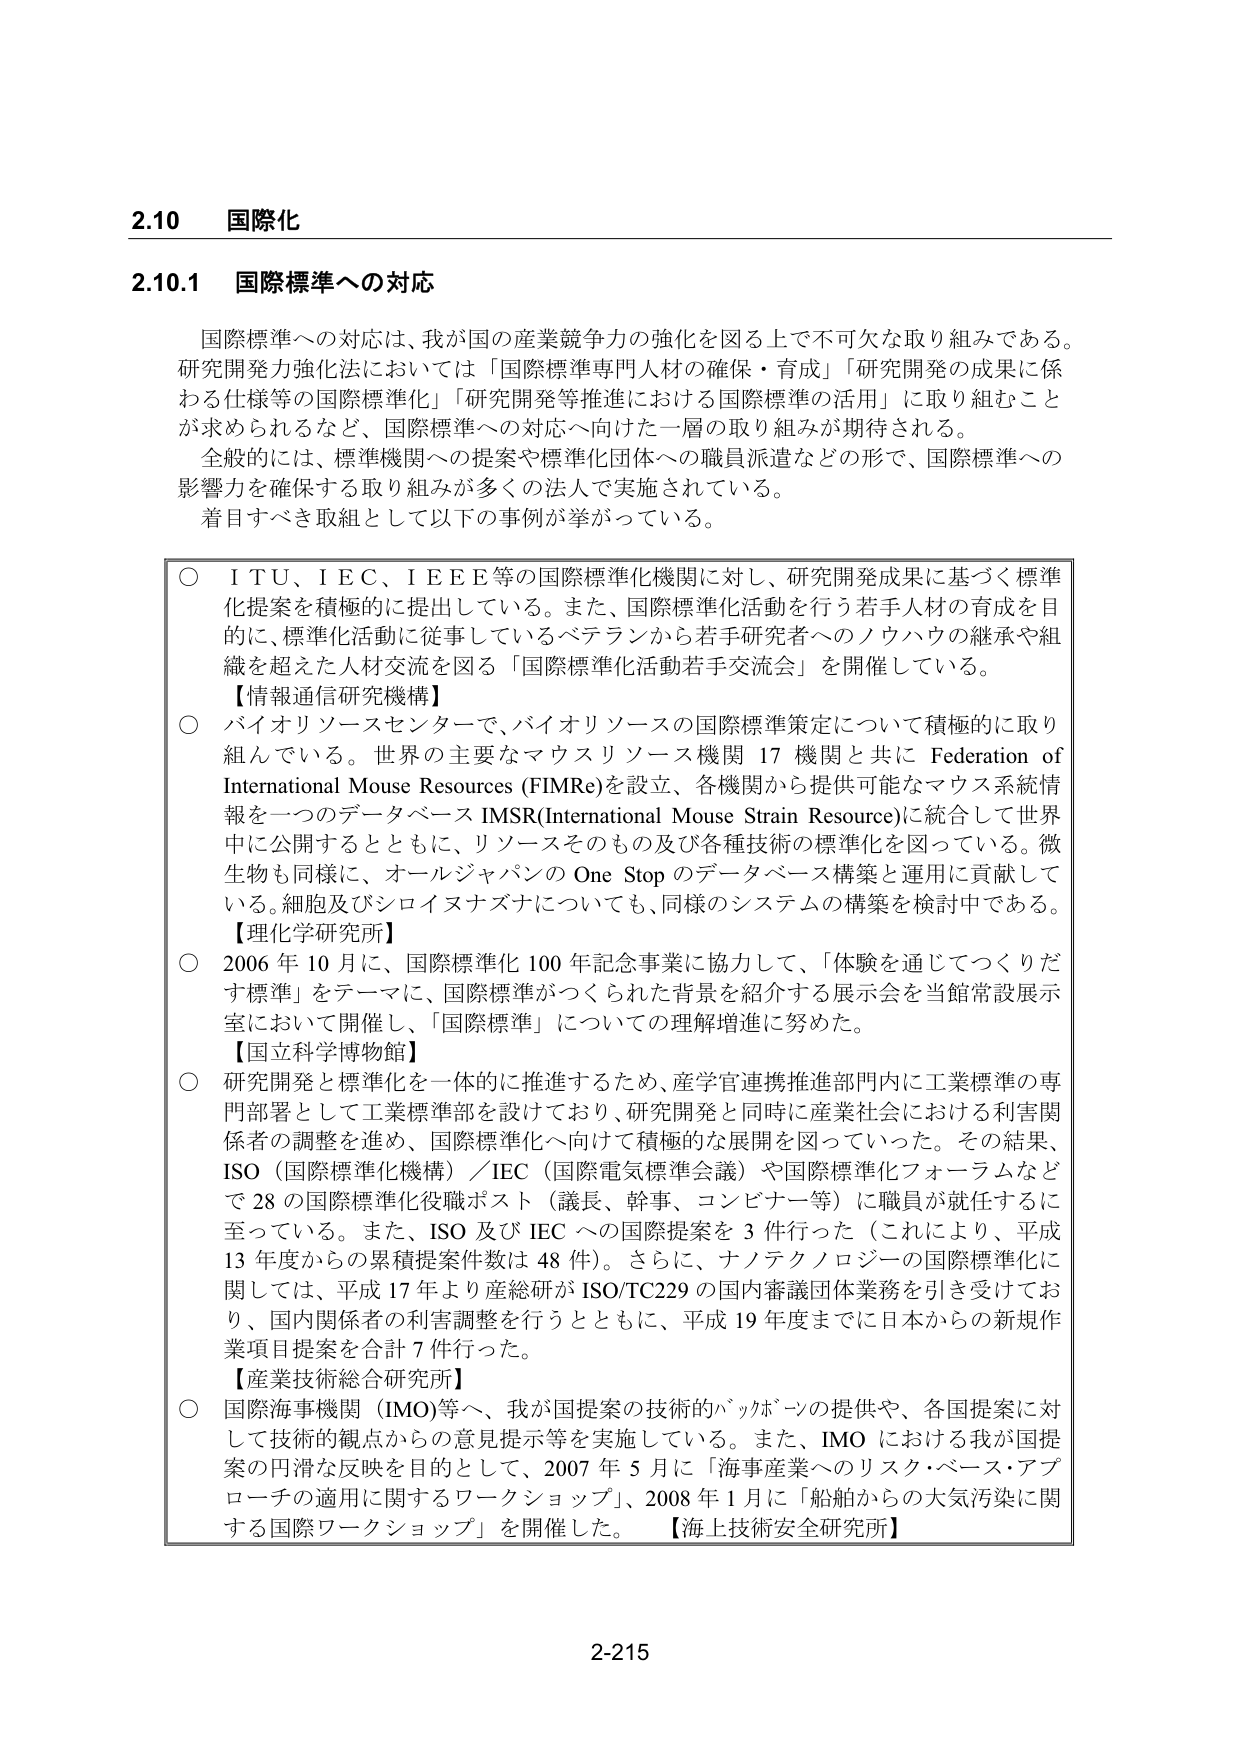
2.10 国際化

2.10.1 国際標準への対応

国際標準への対応は、我が国の産業競争力の強化を図る上で不可欠な取り組みである。研究開発力強化法においては「国際標準専門人材の確保・育成」「研究開発の成果に係わる仕様等の国際標準化」「研究開発等推進における国際標準の活用」に取り組むことが求められるなど、国際標準への対応へ向けた一層の取り組みが期待される。

全般的には、標準機関への提案や標準化団体への職員派遣などの形で、国際標準への影響力を確保する取り組みが多くの法人で実施されている。

着目すべき取組として以下の事例が挙がっている。

○ ITU、IEC、IEEE等の国際標準化機関に対し、研究開発成果に基づく標準化提案を積極的に提出している。また、国際標準化活動を行う若手人材の育成を目的に、標準化活動に従事しているベテランから若手研究者へのノウハウの継承や組織を超えた人材交流を図る「国際標準化活動若手交流会」を開催している。

【情報通信研究機構】

○ バイオリソースセンターで、バイオリソースの国際標準策定について積極的に取り組んでいる。世界の主要なマウスリソース機関 17 機関と共に Federation of International Mouse Resources (FIMRe)を設立、各機関から提供可能なマウス系統情報を一つのデータベース IMSR(International Mouse Strain Resource)に統合して世界中に公開するとともに、リソースそのもの及び各種技術の標準化を図っている。微生物も同様に、オールジャパンの One Stop のデータベース構築と運用に貢献している。細胞及びシロイヌナズナについても、同様のシステムの構築を検討中である。

【理化学研究所】

○ 2006 年 10 月に、国際標準化 100 年記念事業に協力して、「体験を通じてつくりだす標準」をテーマに、国際標準がつくられた背景を紹介する展示会を当館常設展示室において開催し、「国際標準」についての理解増進に努めた。

【国立科学博物館】

○ 研究開発と標準化を一体的に推進するため、産学官連携推進部門内に工業標準の専門部署として工業標準部を設けており、研究開発と同時に産業社会における利害関係者の調整を進め、国際標準化へ向けた積極的な展開を図っていった。その結果、ISO（国際標準化機構）／IEC（国際電気標準会議）や国際標準化フォーラムなどで 28 の国際標準化役職ポスト（議長、幹事、コンビナー等）に職員が就任するに至っている。また、ISO 及び IEC への国際提案を 3 件行った（これにより、平成 13 年度からの累積提案件数は 48 件）。さらに、ナノテクノロジーの国際標準化に関しては、平成 17 年より産総研が ISO/TC229 の国内審議団体業務を引き受けており、国内関係者の利害調整を行うとともに、平成 19 年度までに日本からの新規作業項目提案を合計 7 件行った。

【産業技術総合研究所】

○ 国際海事機関（IMO）等へ、我が国提案の技術的バックボーンの提供や、各国提案に対して技術的観点からの意見提示等を実施している。また、IMO における我が国提案の円滑な反映を目的として、2007 年 5 月に「海事産業へのリスク・ベース・アプローチの適用に関するワークショップ」、2008 年 1 月に「船舶からの大気汚染に関する国際ワークショップ」を開催した。【海上技術安全研究所】

2-215